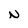
Character: N